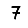
Digit: 7